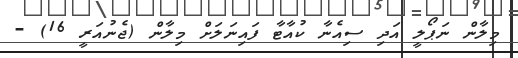
މިލާން ނަޕޯލީ އަދި ސިއެނާ ކުއާޓާ ފައިނަލަށް މިލާން (ޖެނުއަރީ 16) -